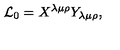
{ \cal L } _ { 0 } = X ^ { \lambda \mu \rho } Y _ { \lambda \mu \rho } ,